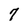
Character: 7